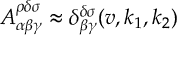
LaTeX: A _ { \alpha \beta \gamma } ^ { \rho \delta \sigma } \approx \delta _ { \beta \gamma } ^ { \delta \sigma } ( v , k _ { 1 } , k _ { 2 } )